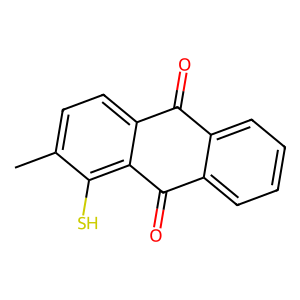
SMILES: Cc1ccc2c(c1S)C(=O)c1ccccc1C2=O
Inhibits HIV replication: No